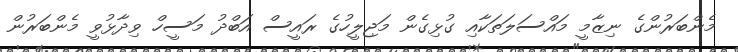
މެންބަރުންގެ ނިޒާމީ މައްސަލަތަކާއި ގުޅިގެން މަޖިލީހުގެ ރައީސް އަބްދު މަސީހް ވިދާޅުވީ މެންބަރުން